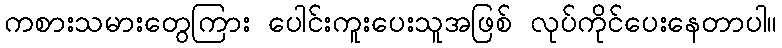
ကစားသမားတွေကြား ပေါင်းကူးပေးသူအဖြစ် လုပ်ကိုင်ပေးနေတာပါ။